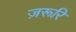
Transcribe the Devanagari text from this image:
ज़रूरि